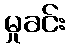
မှုခင်း